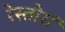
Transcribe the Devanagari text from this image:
रेस्तोरां